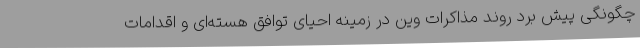
چگونگی پیش برد روند مذاکرات وین در زمینه احیای توافق هسته‌ای و اقدامات